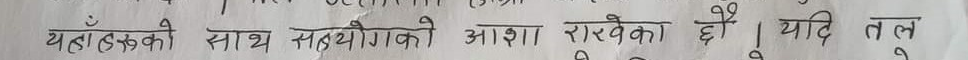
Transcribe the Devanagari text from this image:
यहाँहरुको साथ सहयोगको आशा राखेका छौँ । यदि तल